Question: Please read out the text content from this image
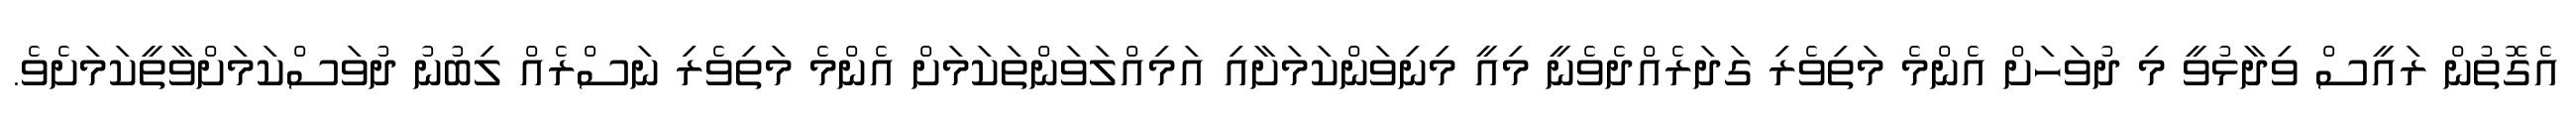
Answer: އެގޮތުން ރައީސް ވިދާޅުވީ މި ދުވަހަށް އެންމެ މަތިވެރި ގަދަރެއްދެވެނީ މިއީ މިނިވަންކަމަށާއި އަމިއްލަވަންތަކަމަށް އެންމެ މަތިވެރި ނަސްރެއް ލިބުނު ދުވަސްކަމަށްވާތީކަމަށެވެ.